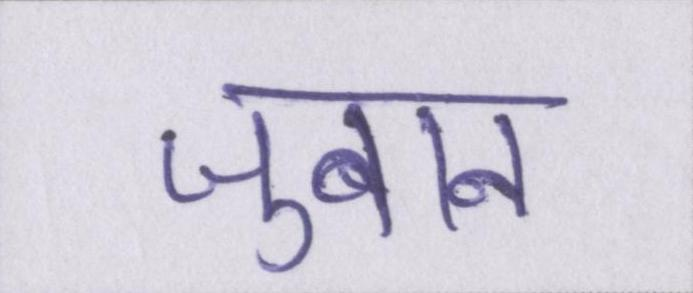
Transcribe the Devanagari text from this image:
जुबान